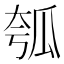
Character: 瓠